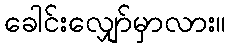
ခေါင်းလျှော်မှာလား။